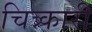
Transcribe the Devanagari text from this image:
चित्र्कारी